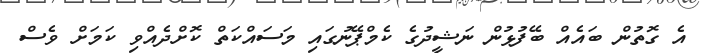
އެ ގޮތުން ބައެއް ބޭފުޅުން ނަޝީދުގެ ކެމްޕޭނުގައި މަސައްކަތް ކޮށްދެއްވި ކަމަށް ވެސް